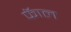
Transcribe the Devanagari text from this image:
फॅाल